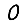
Digit: 0